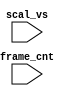
`timescale 1ns/1ps

module pocket_dump(
    input        scal_vs,
    input [31:0] frame_cnt
);

`ifdef DUMP
    `ifdef DUMP_START
    always @(posedge scal_vs) if( frame_cnt==`DUMP_START ) begin
    `else
    initial begin
    `endif
        $dumpfile("test.lxt");
        `ifdef DEEPDUMP
            $display("NC Verilog: will dump all signals");
            $dumpvars(0,test);
        `else
            $display("NC Verilog: will dump selected signals");

            $dumpvars(1,UUT.ic.u_frame.u_base.u_cmd);
            $dumpvars(0,u_harness);

        `endif
    end
`endif

endmodule // pocket_dump